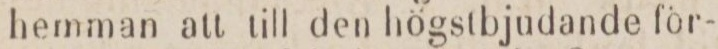
hemman att till den högstbjudande för-